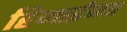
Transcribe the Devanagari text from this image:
हिमाईच्या